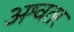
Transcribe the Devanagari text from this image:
अश्वतर